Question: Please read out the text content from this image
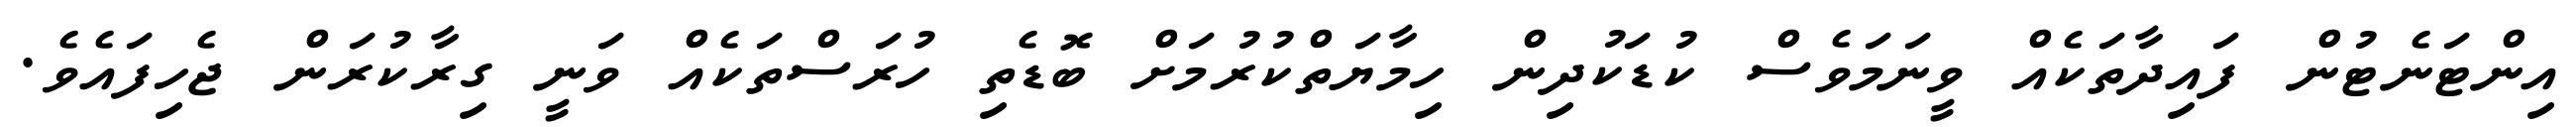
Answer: އިންޓަނެޓުން ފައިދާތަކެއް ވީނަމަވެސް ކުޑަކުދިން ހިމާޔަތްކުރުމަށް ބޮޑެތި ހުރަސްތަކެއް ވަނީ ގިރާކުރަން ޖެހިފައެވެ.